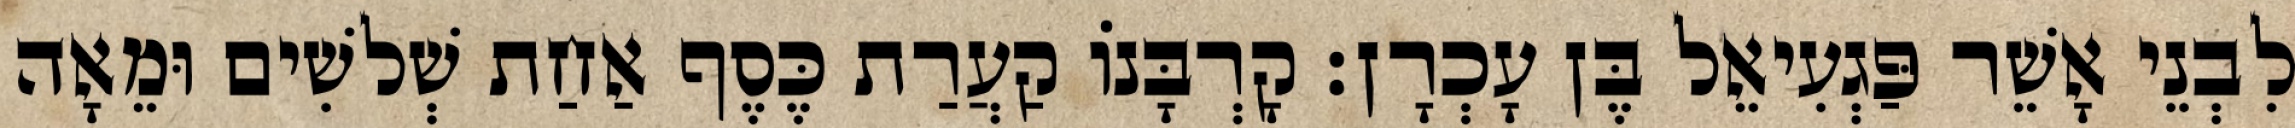
לִבְנֵי אָשֵׁר פַּגְעִיאֵל בֶּן עָכְרָן׃ קָרְבָּנוֹ קַעֲרַת כֶּסֶף אַחַת שְׁלשִׁים וּמֵאָה